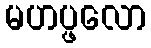
မဟပ္ဖလော